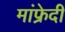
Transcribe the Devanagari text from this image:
मांफ्रेदी